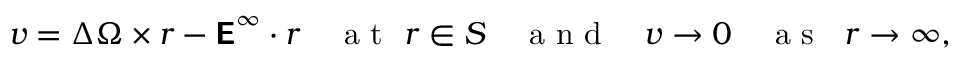
\boldsymbol { v } = \Delta \boldsymbol { \Omega } \times \boldsymbol { r } - \boldsymbol { \mathsf { E } } ^ { \infty } \cdot \boldsymbol { r } \quad \mathrm { ~ a ~ t ~ \ } \boldsymbol { r } \in S \quad \mathrm { ~ a ~ n ~ d ~ } \quad \boldsymbol { v } \to \boldsymbol { 0 } \quad \mathrm { ~ a ~ s ~ \ } \; \boldsymbol { r } \to \infty ,